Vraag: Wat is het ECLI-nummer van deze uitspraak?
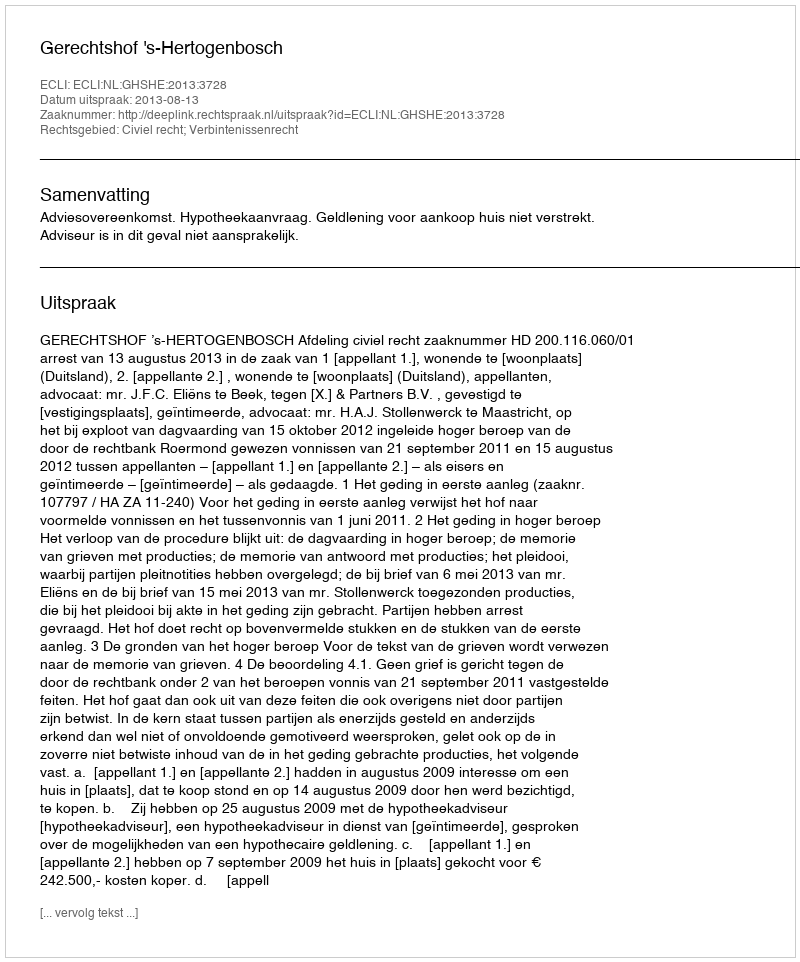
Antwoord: ECLI:NL:GHSHE:2013:3728